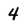
Character: 4